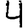
Digit: 4